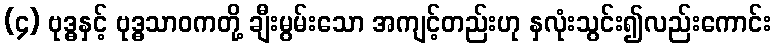
(၄) ဗုဒ္ဓနှင့် ဗုဒ္ဓသာဝကတို့ ချီးမွမ်းသော အကျင့်တည်းဟု နှလုံးသွင်း၍လည်းကောင်း